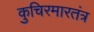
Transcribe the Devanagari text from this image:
कुचिरमारतंत्र